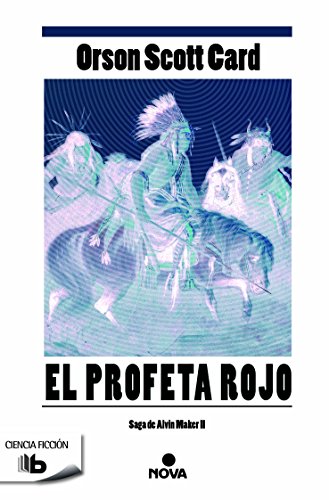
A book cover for El profeta rojo (Spanish Edition); Orson Scott Card; Literature & Fiction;